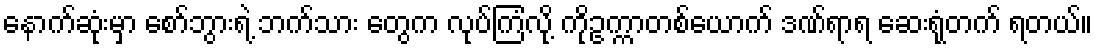
နောက်ဆုံးမှာ စော်ဘွားရဲ့ ဘက်သား တွေက လုပ်ကြံလို့ ကိုဥက္ကာတစ်ယောက် ဒဏ်ရာရ ဆေးရုံတက် ရတယ်။